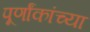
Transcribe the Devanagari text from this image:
पूर्णांकांच्या